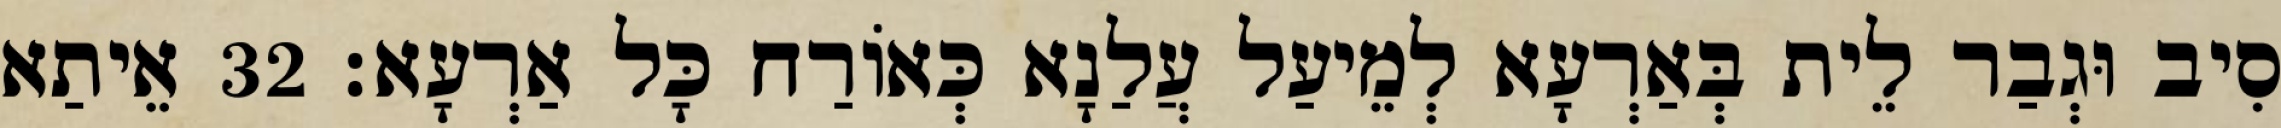
סִיב וּגְבַר לֵית בְּאַרְעָא לְמֵיעַל עֲלַנָא כְּאוֹרַח כָּל אַרְעָא׃ 32 אֵיתַא